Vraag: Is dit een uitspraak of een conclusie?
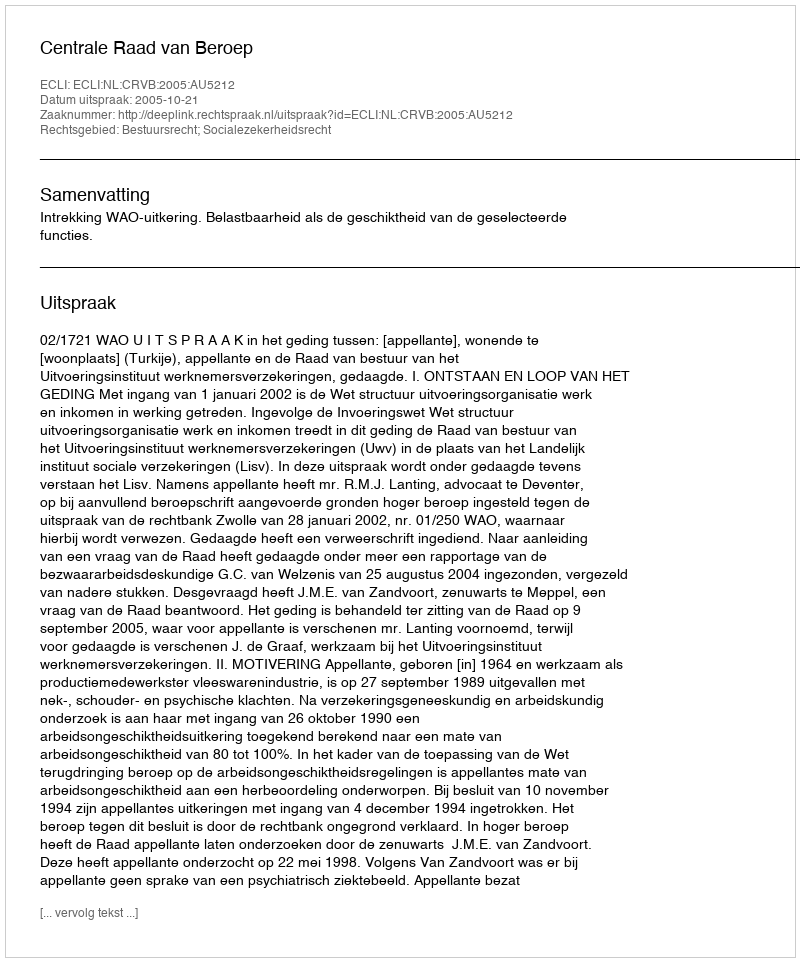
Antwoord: Uitspraak